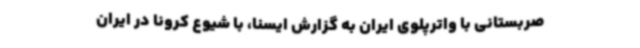
صربستانی با واترپلوی ایران به گزارش ایسنا، با شیوع کرونا در ایران